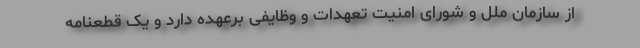
از سازمان ملل و شورای امنیت تعهدات و وظایفی برعهده دارد و یک قطعنامه